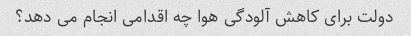
دولت برای کاهش آلودگی هوا چه اقدامی انجام می دهد؟